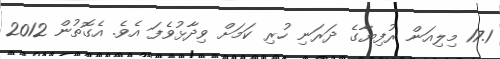
17.1 މިލިއަން ރުފިޔާގެ ދަރަނި ހުރި ކަމަށް ވިދާޅުވެފަ އެވެ. އެގޮތުން 2012